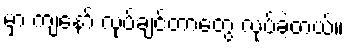
မှာ ကျနော် လုပ်ချင်တာတွေ လုပ်ခဲ့တယ်။